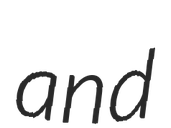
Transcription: and